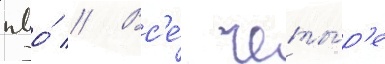
пво́ // Вс'е́ четы́р'е